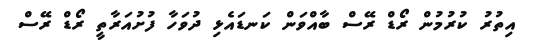
އިތުރު ކުރުމުން ރޯޑް ރޭސް ބާއްވަން ކަނޑައެޅި ދުވަހާ ފުށުއަރާތީ ރޯޑް ރޭސް